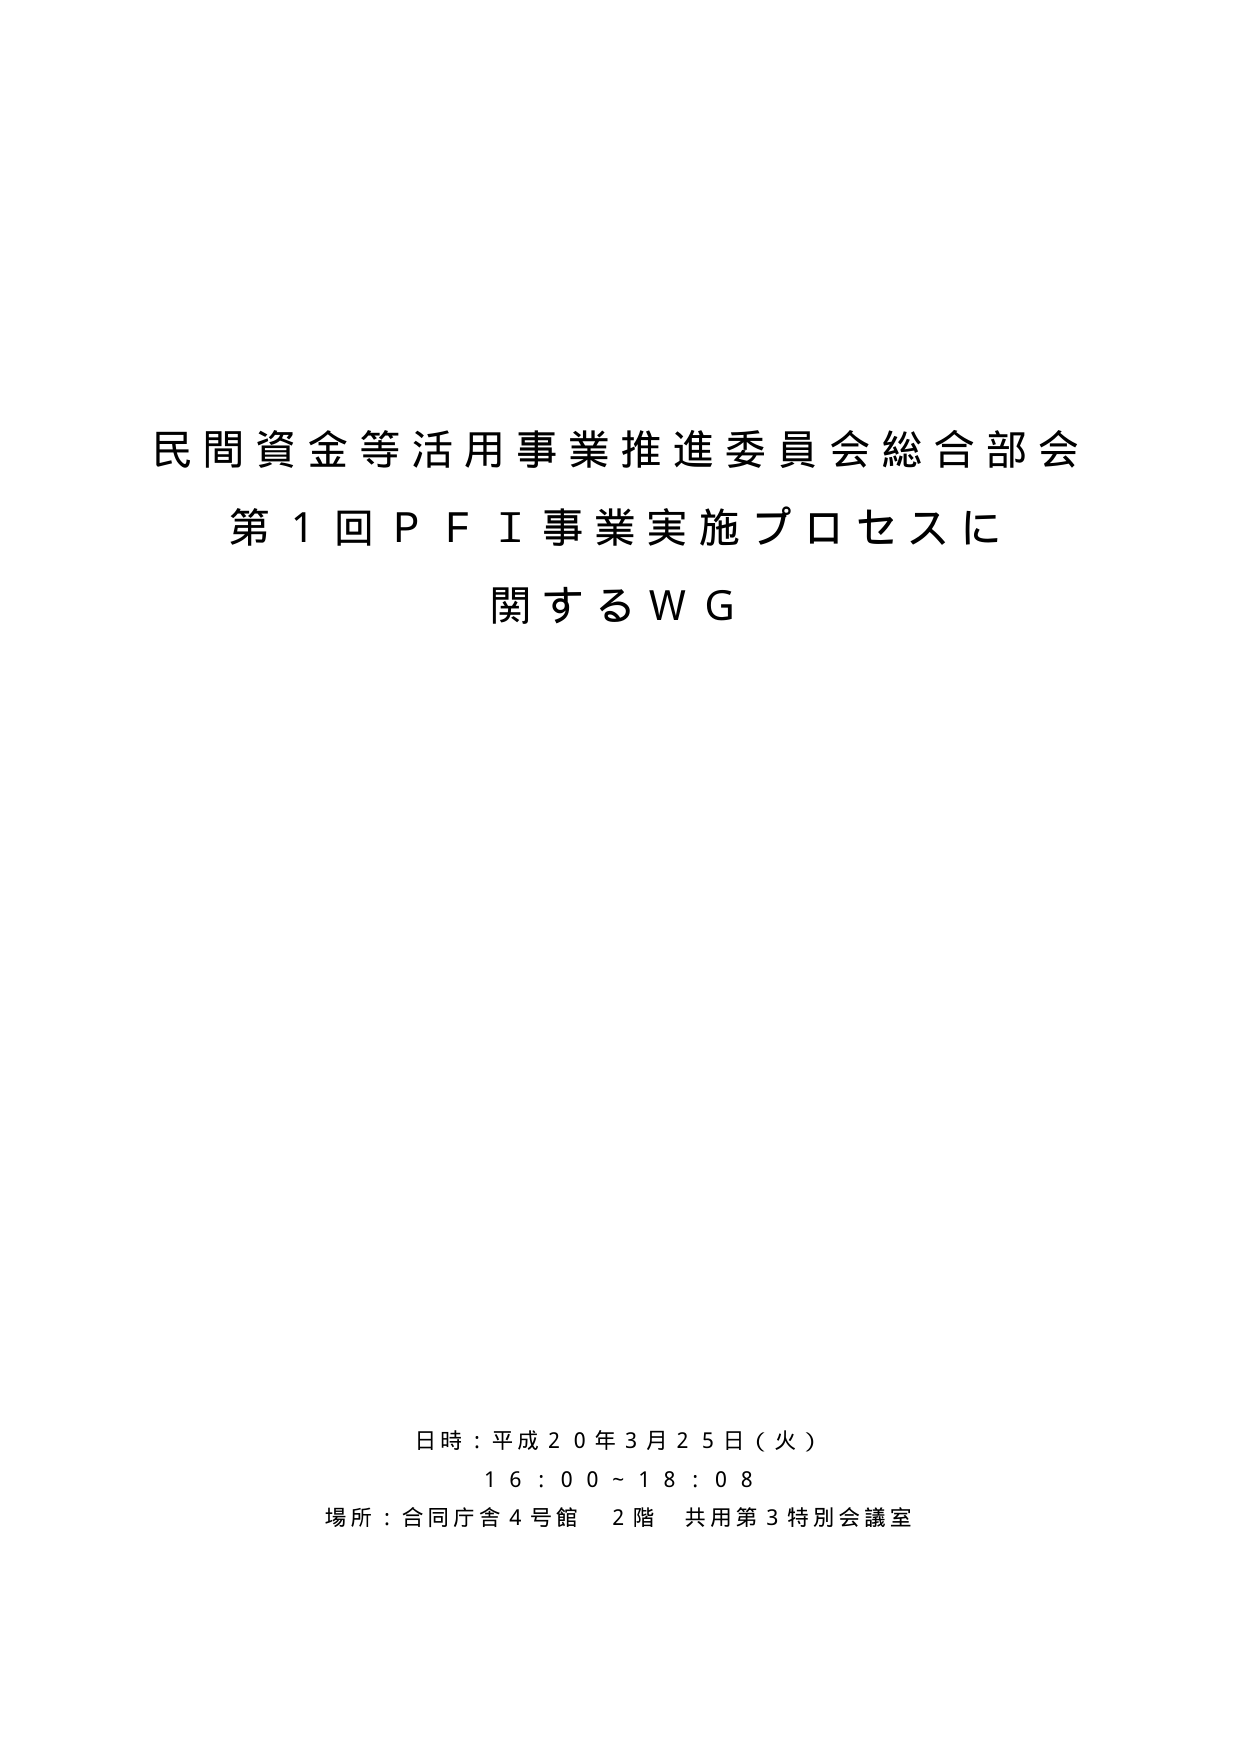
民間資金等活用事業推進委員会総合部会
第1回ＰＦＩ事業実施プロセスに
関するＷＧ

日時：平成20年3月25日（火）
16：00～18：08
場所：合同庁舎4号館 2階 共用第3特別会議室